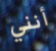
أنني